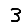
Digit: 3